Medical and sanitary report of the native army of Bengal for the year
Year: 1875
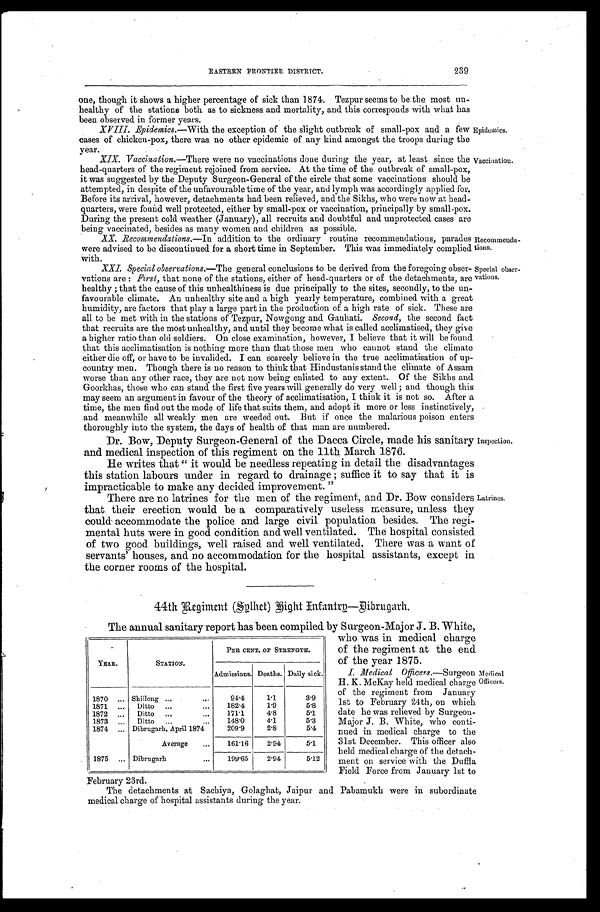
EASTERN FRONTIER DISTRICT. 239
one, though it shows a higher percentage of sick than 1874. Tezpur seems to be the most un-
healthy of the stations both as to sickness and mortality, and this corresponds with what has
been observed in former years.
XVIII. Epidemics.—With the exception of the slight outbreak of small-pox and a few
cases of chicken-pox, there was no other epidemic of any kind amongst the troops during the
year.
XIX. Vaccination. —There were no vaccinations done during the year, at least since the
head-quarters of the regiment rejoined from service. At the time of the outbreak of small-pox,
it was suggested by the Deputy Surgeon-General of the circle that some vaccinations should be
attempted, in despite of the unfavourable time of the year, and lymph was accordingly applied for.
Before its arrival, however, detachments had been relieved, and the Sikhs, who were now at head-
quarters, were found well protected, either by small-pox or vaccination, principally by small-pox.
During the present cold weather (January), all recruits and doubtful and unprotected cases are
being vaccinated, besides as many women and children as possible.
XX. Recommendations.—In addition to the ordinary routine recommendations, parades
were advised to be discontinued for a short time in September. This was immediately complied
With.
XXI. Special observations. —The general conclusions to be derived from the foregoing obser-
vations are:F i r s t ,
t h a t n o n e o f t h e s t a t i o n s , e i t h e r o f h e a d - q u a r t e r s o r o f t h e d e t a c h m e n t s , a r e
healthy; that the cause of this unhealthiness is due principally to the sites, secondly, to the un-
favourable climate. An unhealthy site and a high yearly temperature, combined with a great
humidity, are factors that play a large part in the production of a high rate of sick. These are
all to be met with in the stations of Tezpur, Nowgong and Gauhati. Second, the second fact
that recruits are the most unhealthy, and until they become what is called acclimatised, they give
a higher ratio than old soldiers. On close examination, however, I believe that it will be found
that this acclimatisation is nothing more than that those men who cannot stand the climate
either die off, or have to be invalided. I can scarcely believe in the true acclimatisation of up-
country men. Though there is no reason to think that Hindustanis stand the climate of Assam
worse than any other race, they are not now being enlisted to any extent. Of the Sikhs and
Goorkhas, those who can stand the first five years will generally do very well; and though this
may seem an argument in favour of the theory of acclimatisation, I think it is not so. After a
time, the men find out the mode of life that suits them, and adopt it more or less instinctively,
and meanwhile all weakly men are weeded out. But if once the malarious poison enters
thoroughly into the system, the days of health of that man are numbered.
Dr. Bow, Deputy Surgeon-General of the Dacca Circle, made his sanitary
and medical inspection of this regiment on the 11th March 1876.
He writes that "it would be needless repeating in detail the disadvantages
this station labours under in regard to drainage; suffice it to say that it is
impracticable to make any decided improvement."
There are no latrines for the men of the regiment, and Dr. Bow considers
that their erection would be a. comparatively useless, measure, unless they
could accommodate the police and large civil population besides. The regi-
mental huts were in good condition and well ventilated.. The hospital consisted
of two good buildings, well raised and well ventilated. There was a want of
servants' houses, and no accommodation for the hospital assistants, except in
the corner rooms of the hospital.
Epidemics.
Vaccination.
Recommend
a-tions.
Special obser-
vations.
Inspection.
Latrines.
44th Regiment (Sylhet) Right Infantry—Dibrugarh.
The annual sanitary report has been compiled by Surgeon-Major J. B. White,
who was in medical charge
of the regiment at the end
of the year 1875.
I. Medical Officers.—Surgeon
H. K. McKay held medical charge
of the regiment from January
1st to February 24th, on which
date he was relieved by Surgeon-
Major J. B. White, who conti
-
nued in medical charge to the
31st December. This officer also
held medical charge of the detach
-
ment on service with the Duffla
Field Force from January 1st to
February 23rd.
The detachments at Sachiya, Golaghat, Jaipur and Pabamukh were in subordinate
medical charge of hospital assistants during the year.
YEAR.
STATION.
PER CENT. OF STRENGTH.
Admissions. Deaths. Daily sick.
1870
Shillong
94.4
1.1
3.9
1871
Ditto
182.4
1.9
5.8
1872
Ditto
171.1
4.8
5.1
1873
Ditto
148.0
4.1
5.3
1874
Dibrugarh, April 1874
209.9
2.8
5.4
Average
161.16
2.94
5.1
1875
Dibrugarh
199.65
2.94
5.12
Medical
Officers.